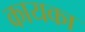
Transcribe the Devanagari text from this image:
कायका